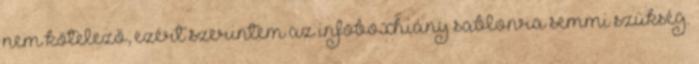
nem kötelező, ezért szerintem az infoboxhiány sablonra semmi szükség.